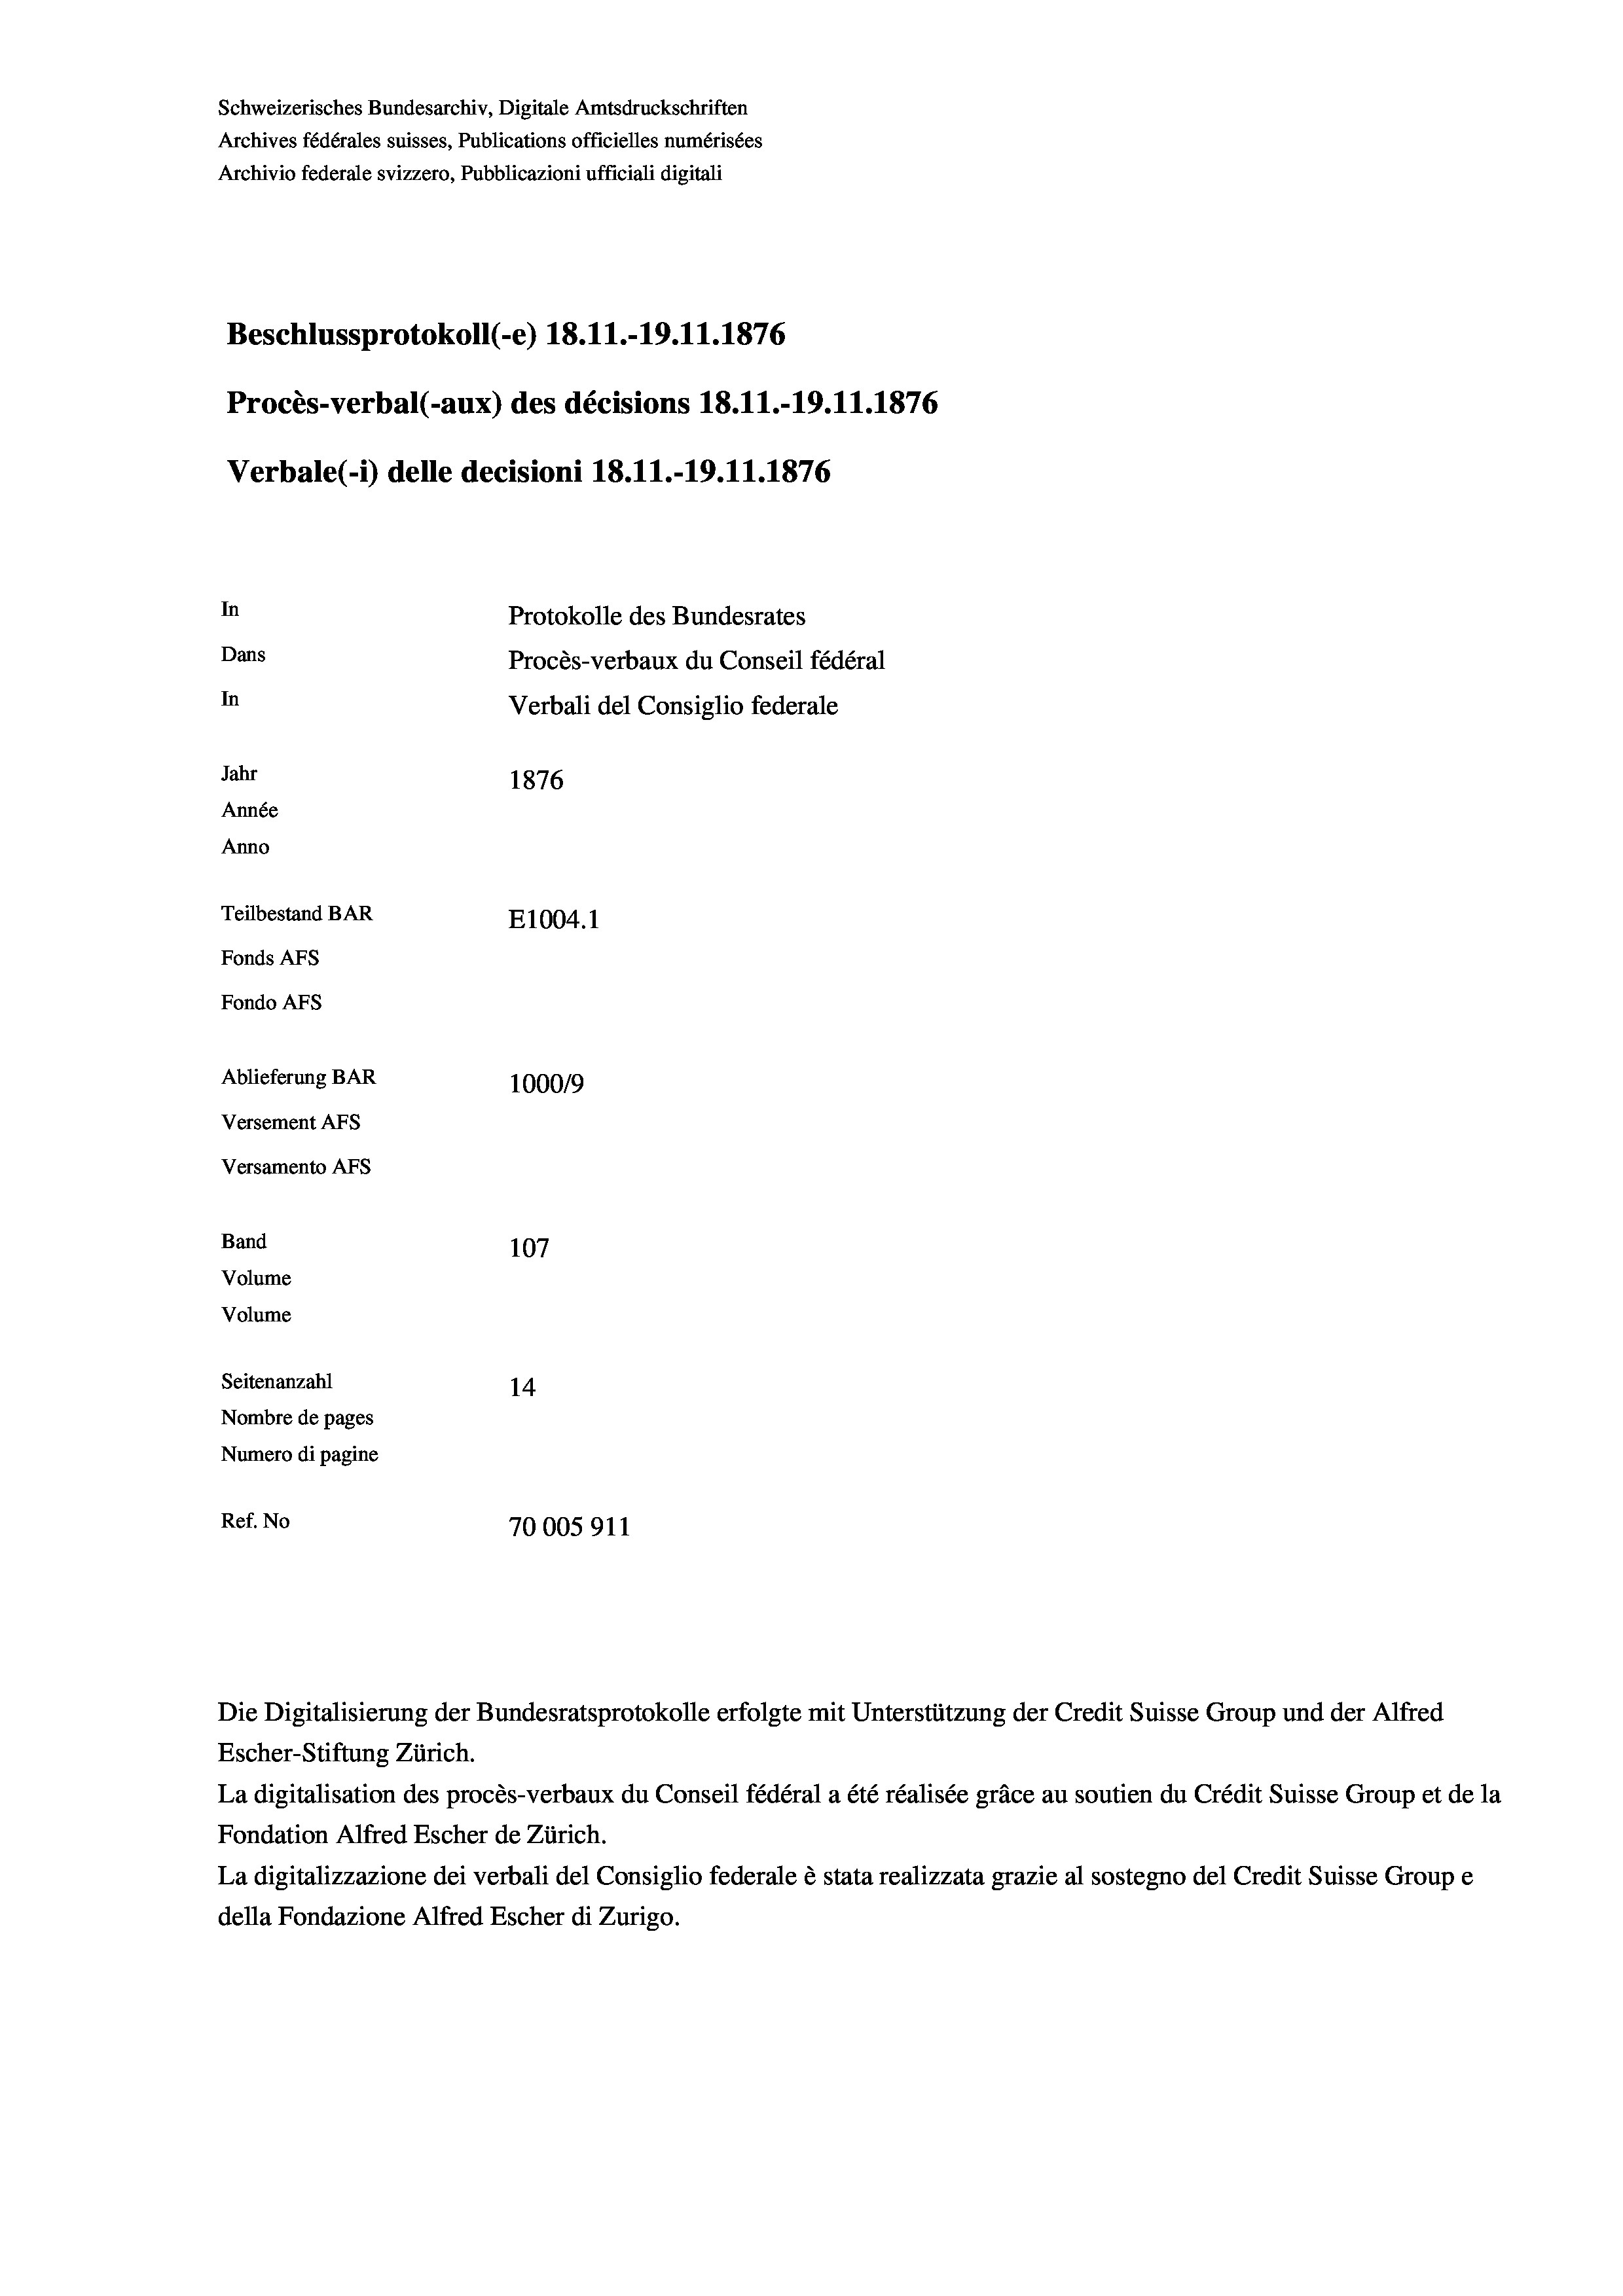
Schweizerisches Bundesarchiv, Digitale Amtsdruckschriften
Archives fédérales suisses, Publications officielles numérisées
Archivio federale svizzero, Pubblicazioni ufficiali digitali
Beschlussprotokoll (-e) 18.11.-19.11.1876
Procès-verbal (-aux) des décisions 18.11.-19.11.1876
Verbale(*) delle decisioni 18.11.-19.11.1876
In
Protokolle des Bundesrates
Dans
Procès-verbaux du Conseil fédéral
In
Verbali del Consiglio federale
Jahr
1876
Année
Anno
Teilbestand BAR
E1004. 1
Fonds AFs
Fondo Afs
Ablieferung BAR
100019
Versement AFs
Versamento Afs
Band
107
Volume
Volume

Seitenanzahl
14
Nombre de pages
Numero di pagine
Ref. No
70005911

Escher-Stiftung Zürich.
La digitalisation des procès-verbaux du Conseil fédéral a été réalisée gräce au soutien du Crédit Suisse Group et de la
Fondation Alfred Escher de Zürich.
La digitalizzazione dei verbali del Consiglio federale è stata realizzata grazie al sostegno del Credit Suisse Groupe
della Fondazione Alfred Escher di Zurigo.

Die Digitalisierung der Bundesratsprotokolle erfolgte mit Unterstützung der Credit Suisse Group und der Alfred